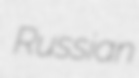
Russian